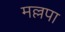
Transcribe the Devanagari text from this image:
मल्लपा